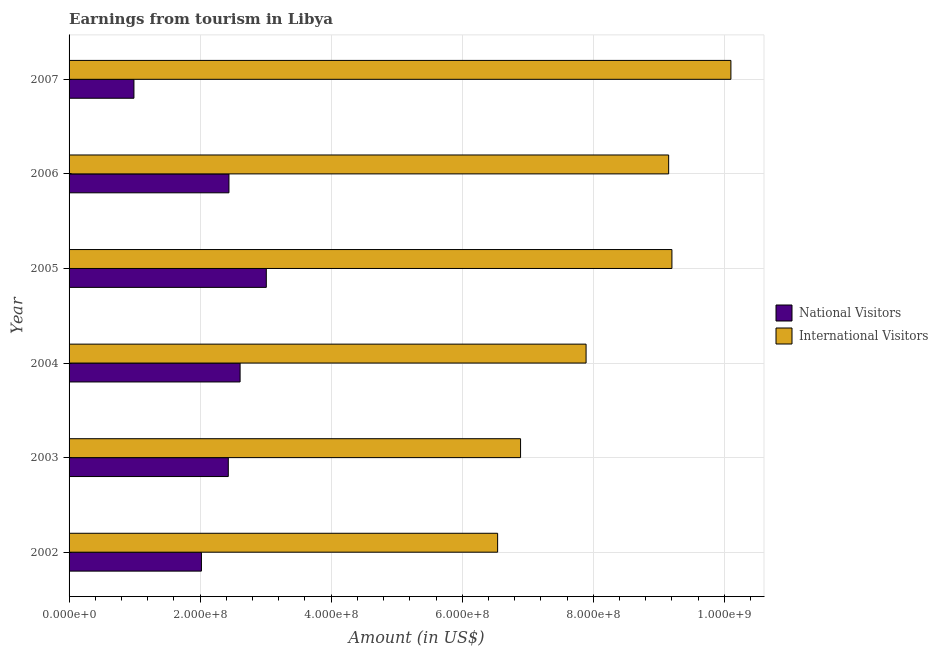
| Year | National Visitors | International Visitors |
 | --- | --- | --- |
 | 2002 | 2.02e+08 | 6.54e+08 |
 | 2003 | 2.43e+08 | 6.89e+08 |
 | 2004 | 2.61e+08 | 7.89e+08 |
 | 2005 | 3.01e+08 | 9.2e+08 |
 | 2006 | 2.44e+08 | 9.15e+08 |
 | 2007 | 9.9e+07 | 1.01e+09 |